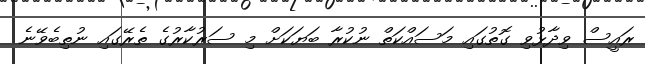
ރައީސް ވިދާޅުވި ގޮތުގައި މަސައްކަތް ނުކުރާ ބަޔަކަށް މި ސަރުކާރުގެ ތެރޭގައި ނުތިބެވޭނެ